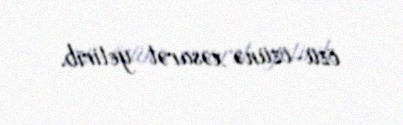
özü-özünə xəsarət yetirib.